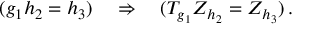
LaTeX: ( g _ { 1 } h _ { 2 } = h _ { 3 } ) \quad \Rightarrow \quad ( T _ { g _ { 1 } } Z _ { h _ { 2 } } = Z _ { h _ { 3 } } ) \, .